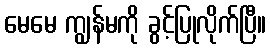
မေမေ ကျွန်မကို ခွင့်ပြုလိုက်ပြီ။